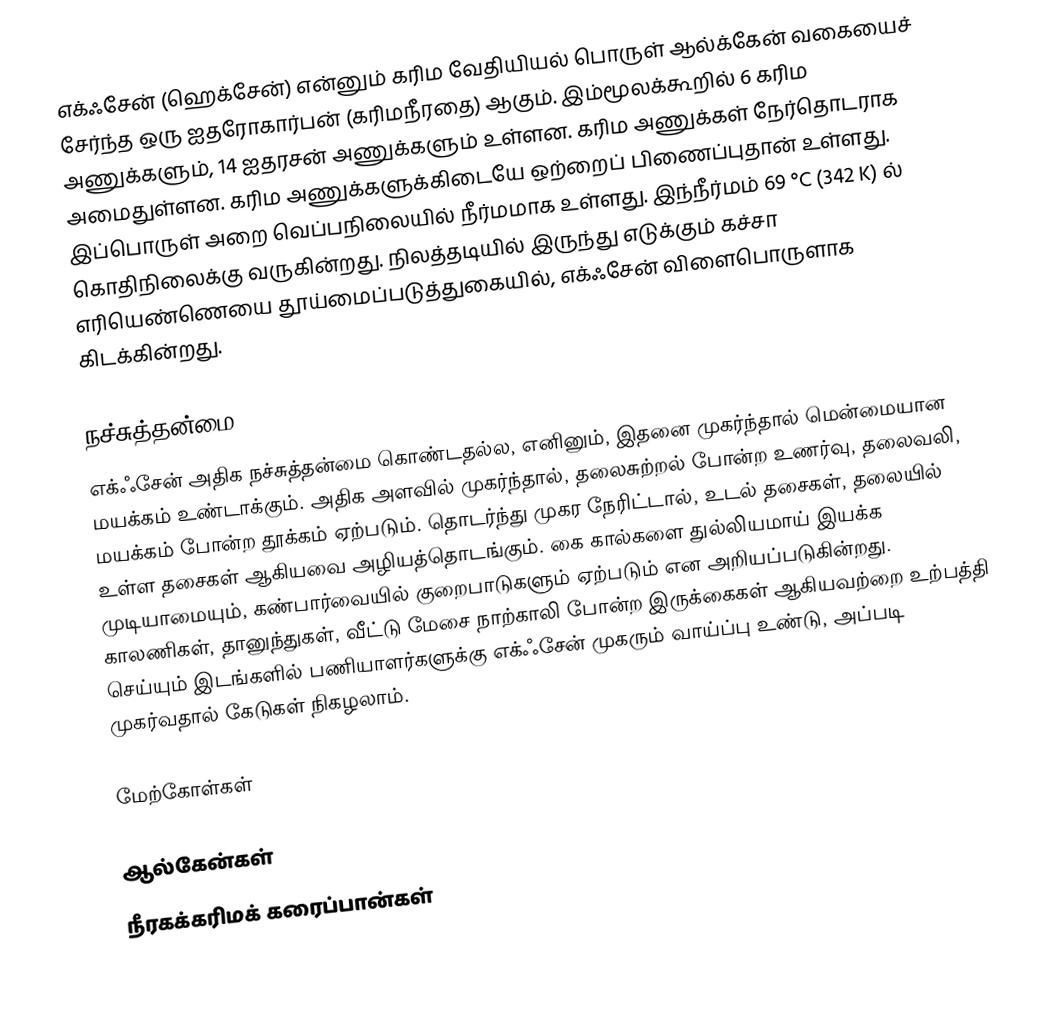
எக்ஃசேன் (ஹெக்சேன்) என்னும் கரிம வேதியியல் பொருள் ஆல்க்கேன் வகையைச் சேர்ந்த ஒரு ஐதரோகார்பன் (கரிமநீரதை) ஆகும். இம்மூலக்கூறில் 6 கரிம அணுக்களும், 14 ஐதரசன் அணுக்களும் உள்ளன. கரிம அணுக்கள் நேர்தொடராக அமைதுள்ளன. கரிம அணுக்களுக்கிடையே ஒற்றைப் பிணைப்புதான் உள்ளது. இப்பொருள் அறை வெப்பநிலையில் நீர்மமாக உள்ளது. இந்நீர்மம் 69 °C (342 K) ல் கொதிநிலைக்கு வருகின்றது. நிலத்தடியில் இருந்து எடுக்கும் கச்சா எரியெண்ணெயை தூய்மைப்படுத்துகையில், எக்ஃசேன் விளைபொருளாக கிடக்கின்றது.

நச்சுத்தன்மை
எக்ஃசேன் அதிக நச்சுத்தன்மை கொண்டதல்ல, எனினும், இதனை முகர்ந்தால் மென்மையான மயக்கம் உண்டாக்கும். அதிக அளவில் முகர்ந்தால், தலைசுற்றல் போன்ற உணர்வு, தலைவலி, மயக்கம் போன்ற தூக்கம் ஏற்படும். தொடர்ந்து முகர நேரிட்டால், உடல் தசைகள், தலையில் உள்ள தசைகள் ஆகியவை அழியத்தொடங்கும். கை கால்களை துல்லியமாய் இயக்க முடியாமையும், கண்பார்வையில் குறைபாடுகளும் ஏற்படும் என அறியப்படுகின்றது. காலணிகள், தானுந்துகள், வீட்டு மேசை நாற்காலி போன்ற இருக்கைகள் ஆகியவற்றை உற்பத்தி செய்யும் இடங்களில் பணியாளர்களுக்கு எக்ஃசேன் முகரும் வாய்ப்பு உண்டு, அப்படி முகர்வதால் கேடுகள் நிகழலாம்.

மேற்கோள்கள்

ஆல்கேன்கள்
நீரகக்கரிமக் கரைப்பான்கள்